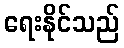
ရေးနိုင်သည်